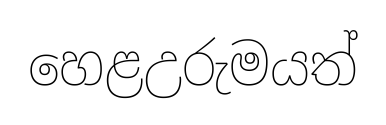
හෙළඋරුමයත්